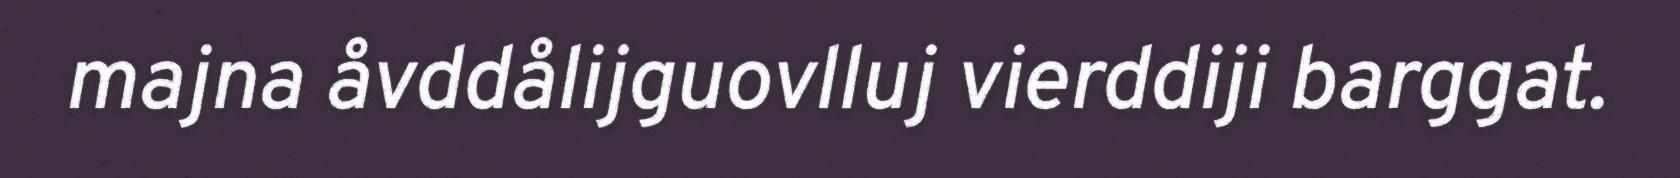
majna åvddålijguovlluj vierddiji barggat.